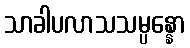
သာခါပလာသသမ္ပန္နော